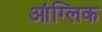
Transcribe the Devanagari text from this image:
आंग्लिक